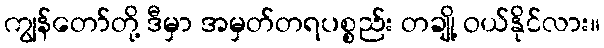
ကျွန်တော်တို့ ဒီမှာ အမှတ်တရပစ္စည်း တချို့ ဝယ်နိုင်လား။